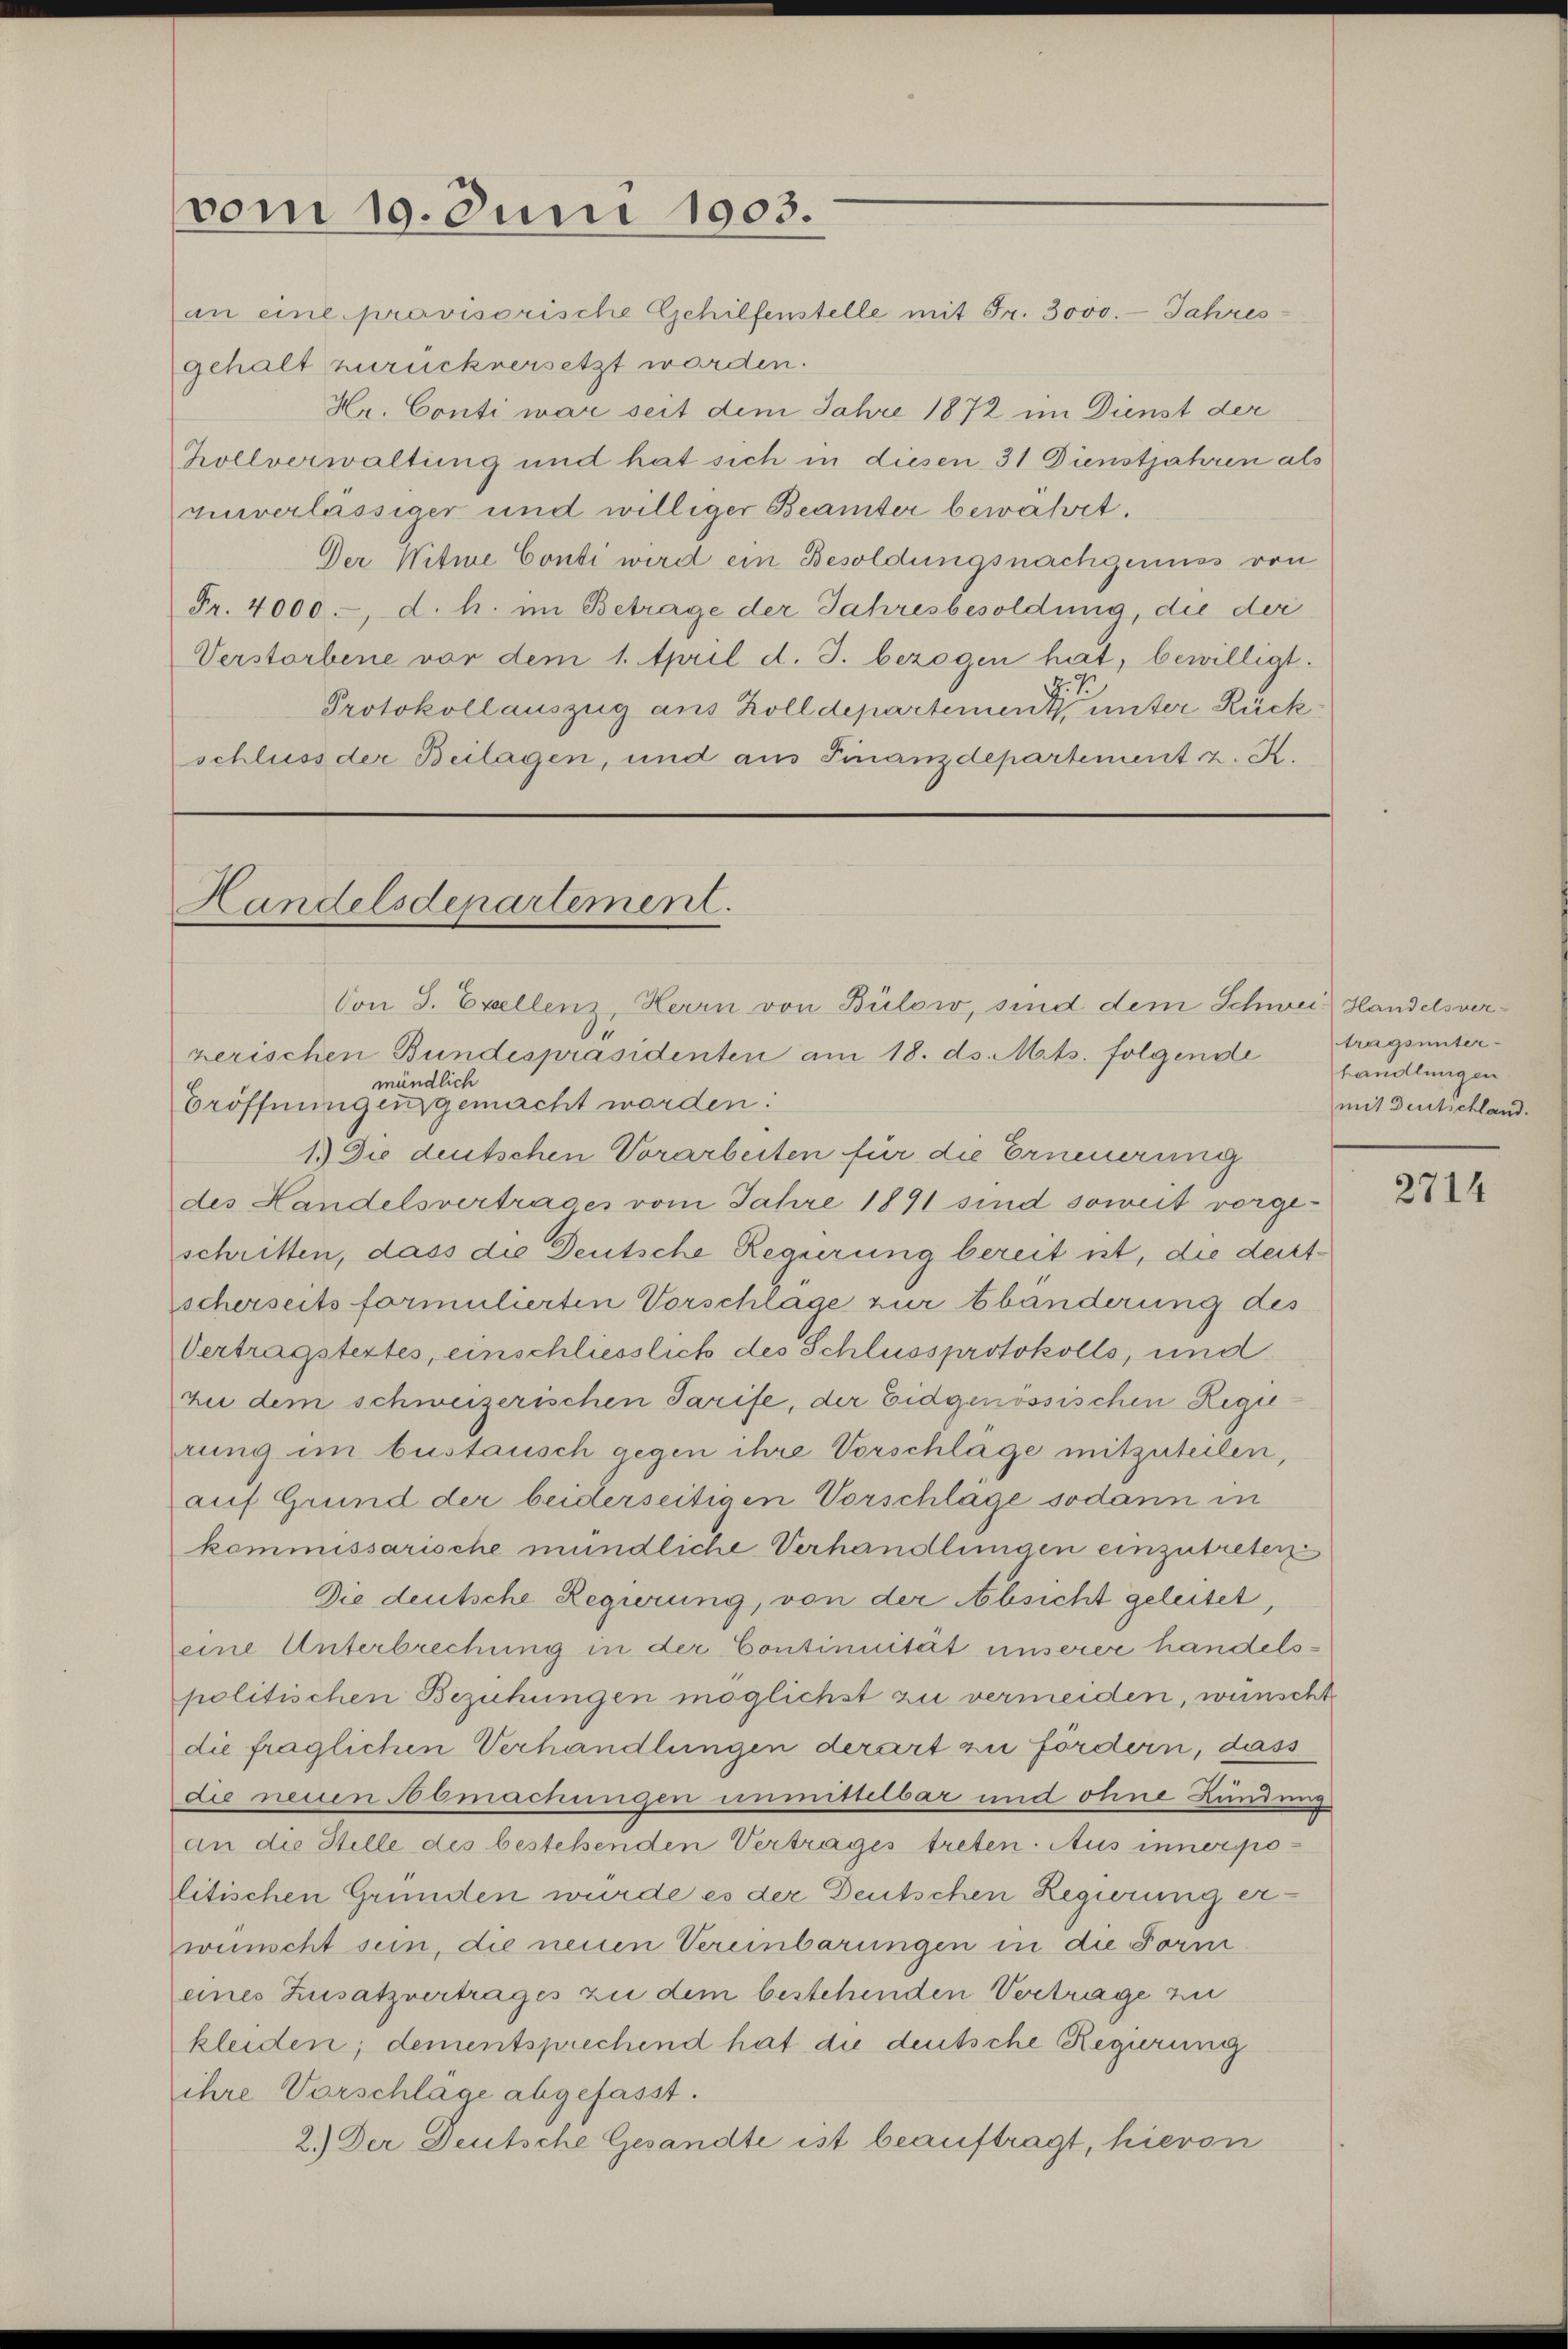
vom 10. Juni 1903.

an eine provisorische Gehilfenstelle mit Fr. 3000. - Jahres-
gehalt zurückversetzt worden.
Hr. Conti war seit dem Jahre 1872 im Dienst der
hollverwaltung und hat sich in diesen 31 Dienstjahren als
vinverlässiger und williger Beamter bewährt.
Der Witwe Conti wird ein Besoldungsnachgenuss von
Fr. 4000.-, d. h. im Betrage der Jahresbesoldung, die der
Verstorbene vor dem 1. April d. J. bezogen hat, bewilligt.
Protokollauszug aus Zolldepartement es sie unter Rückschluss der Beilagen, und aus Finanzdepartement z. K.

Handelsdepartement.

Von S. Excellenz, Herrn von Bülow, sind dem Schwei Handelsver¬

zerischen Bundespräsidenten am 18. ds. Mts. folgende
mündlich
Eröffnungen gemacht worden:
1.) Die deutschen Vorarbeiten für die Erneuerung
des Handelsvertrages vom Jahre 1891 sind soweit vorgeschritten, dass die Deutsche Regierung bereit ist, die deutscherseits formulierten Vorschlage zur Abänderung des
Vertragstextes, einschliesslich des Schlussprotokolls, und
zu dem schweizerischen Tarife, der Eidgenössischen Regierung im bustausch gegen ihre Vorschlage mitzuteilen,
auf Grund der beiderseitigen Vorschlage sodann in
kommissarische mündliche Verhandlungen einzutreten
Die deutsche Regierung, von der Absicht geleitet,
eine Unterbrechung in der Continuität unserer handelspolitischen Beziehungen möglichst zu vermeiden, wünscht
die fraglichen Verhandlungen derart zu fördern, dass
die neuen Abmachungen unmittelbar und ohne Kündung
an die Stelle des bestehenden Vertrages treten. Aus innerpolitischen Gründen wurde es der Deutschen Regierung erwünscht sein, die neuen Vereinbarungen in die Form.
eines Zusatzvertrages zu dem bestehenden Vertrage zu
kleiden; dementsprechend hat die deutsche Regierung
ihre Vorschlage abgefasst.
2.) Der Deutsche Gesandte ist beauftragt, hievon

tragsunter-
handlungen
mit Deutschland.

2714